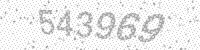
Solution: 543969